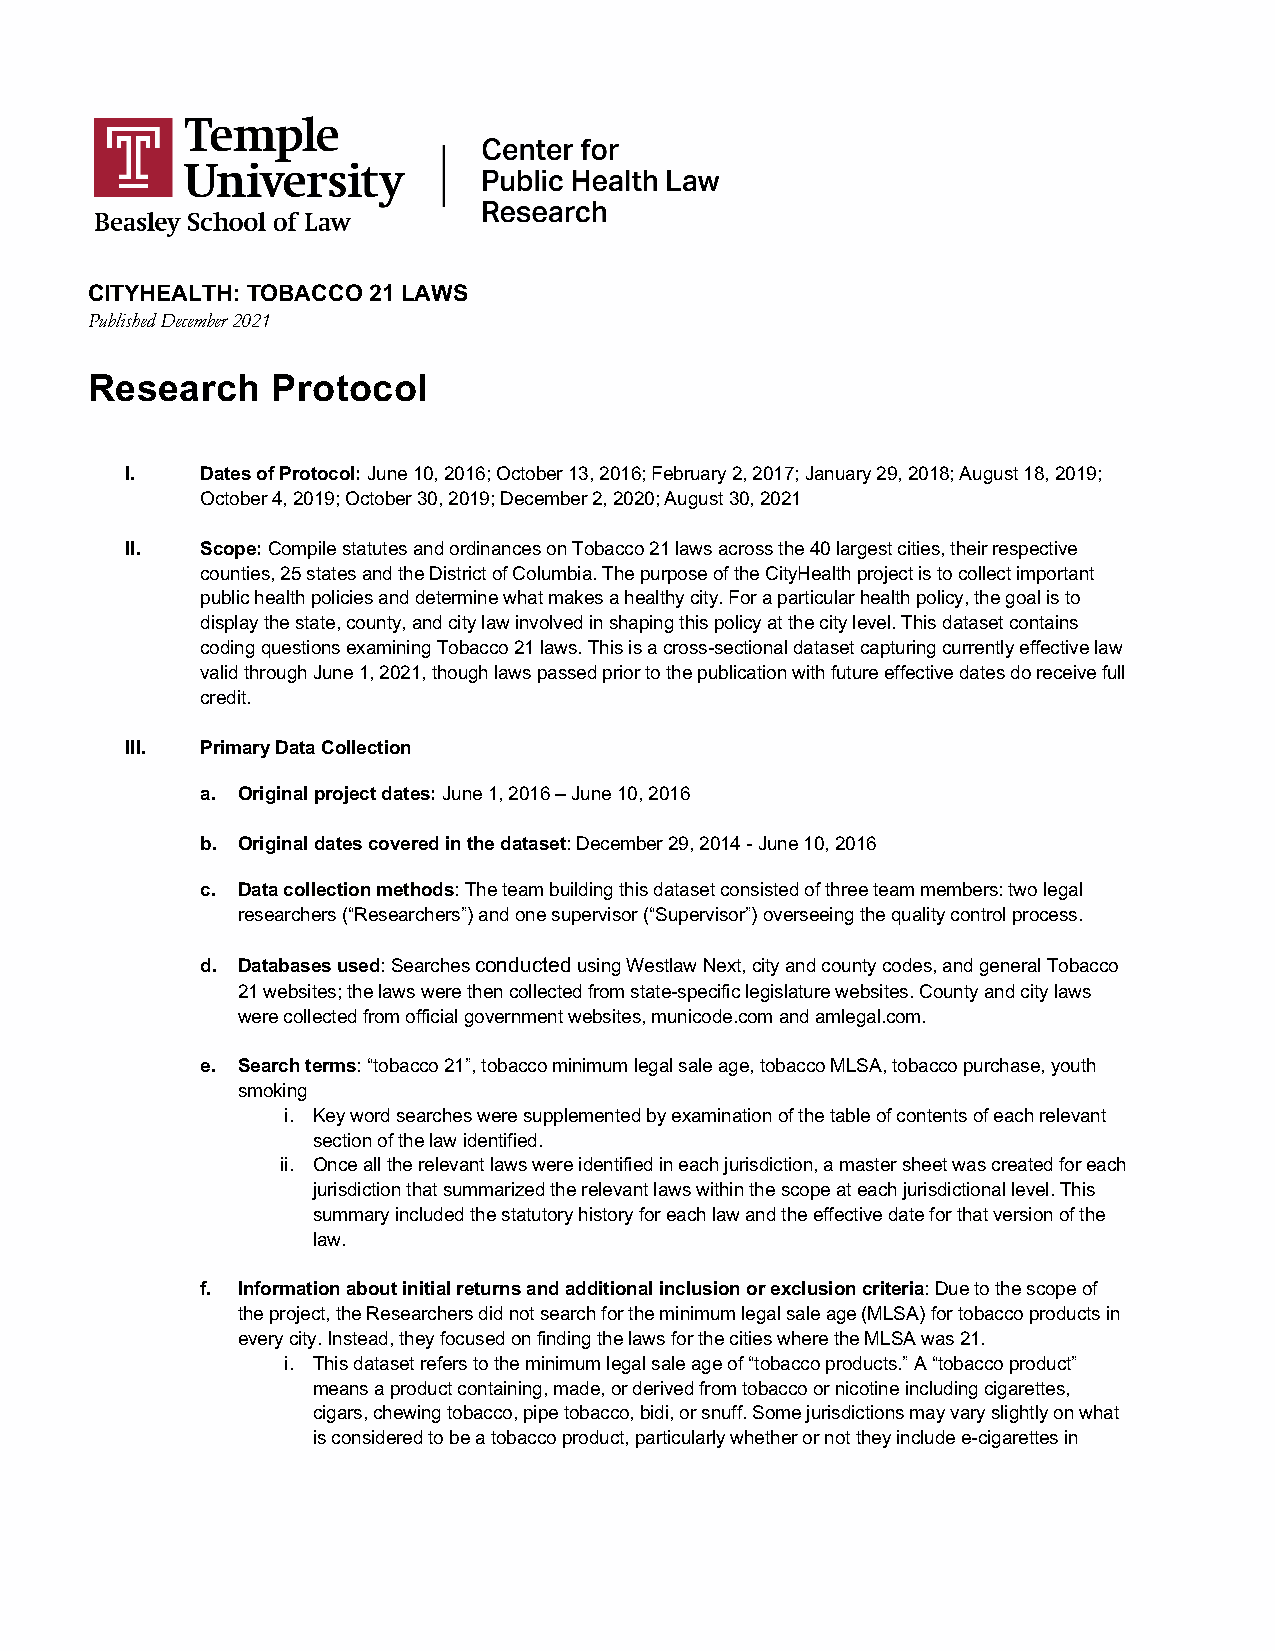
CITYHEALTH: TOBACCO 21 LAWS
 Published December 2021
 Research    Protocol
 I.   Dates of Protocol: June 10, 2016; October 13, 2016; February 2, 2017; January 29, 2018; August 18, 2019;
 October 4, 2019; October 30, 2019; December 2, 2020; August 30, 2021
 II.  Scope: Compile statutes and ordinances on Tobacco 21 laws across the 40 largest cities, their respective
 counties, 25 states and the District of Columbia. The purpose of the CityHealth project is to collect important
 public health policies and determine what makes a healthy city. For a particular health policy, the goal is to
 display the state, county, and city law involved in shaping this policy at the city level. This dataset contains
 coding questions examining Tobacco 21 laws. This is a cross-sectional dataset capturing currently effective law
 valid through June 1, 2021, though laws passed prior to the publication with future effective dates do receive full
 credit.
 III. Primary Data Collection
 a. Original project dates: June 1, 2016 – June 10, 2016
 b. Original dates covered in the dataset: December 29, 2014 - June 10, 2016
 c. Data collection methods: The team building this dataset consisted of three team members: two legal
 researchers (“Researchers”) and one supervisor (“Supervisor”) overseeing the quality control process.
 d. Databases used: Searches conducted using Westlaw Next, city and county codes, and general Tobacco
 21 websites; the laws were then collected from state-specific legislature websites. County and city laws
 were collected from official government websites, municode.com and amlegal.com.
 e. Search terms: “tobacco 21”, tobacco minimum legal sale age, tobacco MLSA, tobacco purchase, youth
 smoking
 i. Key word searches were supplemented by examination of the table of contents of each relevant
 section of the law identified.
 ii. Once all the relevant laws were identified in each jurisdiction, a master sheet was created for each
 jurisdiction that summarized the relevant laws within the scope at each jurisdictional level. This
 summary included the statutory history for each law and the effective date for that version of the
 law.
 f. Information about initial returns and additional inclusion or exclusion criteria: Due to the scope of
 the project, the Researchers did not search for the minimum legal sale age (MLSA) for tobacco products in
 every city. Instead, they focused on finding the laws for the cities where the MLSA was 21.
 i. This dataset refers to the minimum legal sale age of “tobacco products.” A “tobacco product”
 means a product containing, made, or derived from tobacco or nicotine including cigarettes,
 cigars, chewing tobacco, pipe tobacco, bidi, or snuff. Some jurisdictions may vary slightly on what
 is considered to be a tobacco product, particularly whether or not they include e-cigarettes in